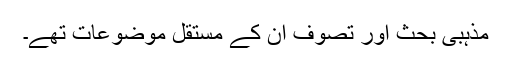
مذہبی بحث اور تصوف ان کے مستقل موضوعات تھے۔